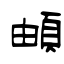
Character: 頔